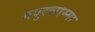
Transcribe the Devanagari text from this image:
मवुल्लाम्मा